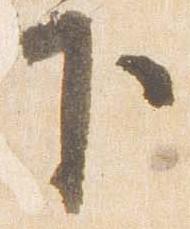
下